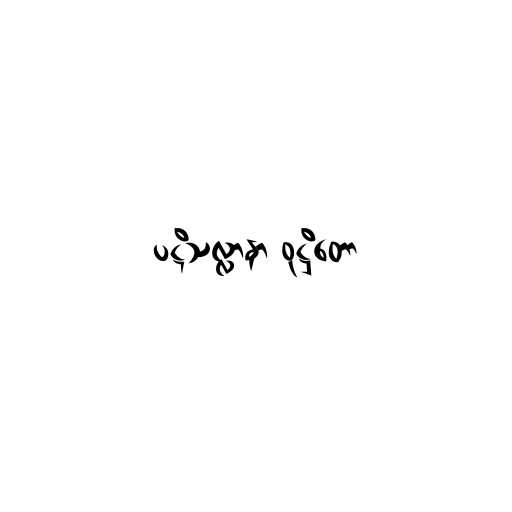
ပဋိသလ္လာနာ ဝုဋ္ဌိတော